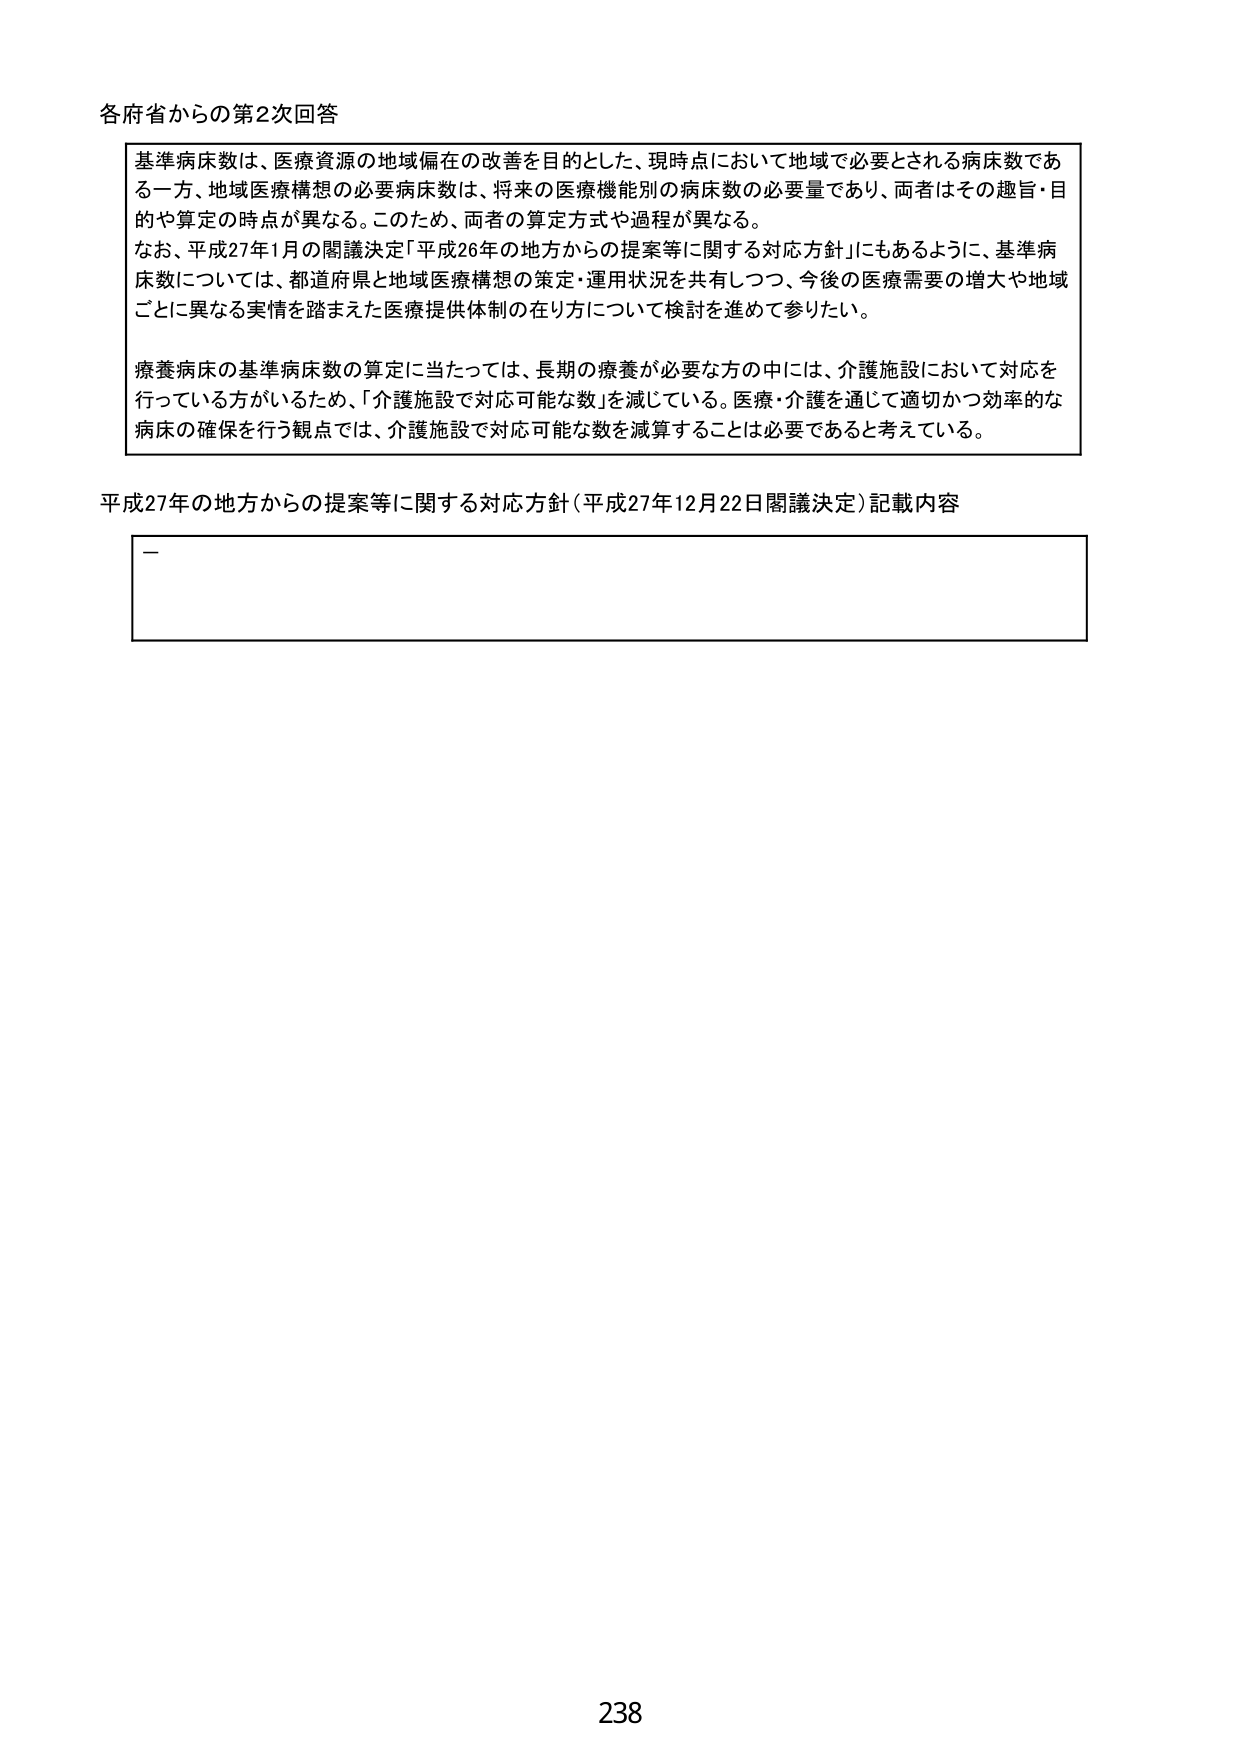
各府省からの第2次回答

基準病床数は、医療資源の地域偏在の改善を目的とした、現時点において地域で必要とされる病床数である一方、地域医療構想の必要病床数は、将来の医療機能別の病床数の必要量であり、両者はその趣旨・目的や算定の時点が異なる。このため、両者の算定方式や過程が異なる。
なお、平成27年1月の閣議決定「平成26年の地方からの提案等に関する対応方針」にもあるように、基準病床数については、都道府県と地域医療構想の策定・運用状況を共有しつつ、今後の医療需要の増大や地域ごとに異なる実情を踏まえた医療提供体制の在り方について検討を進めて参りたい。

療養病床の基準病床数の算定に当たっては、長期の療養が必要な方の中には、介護施設において対応を行っている方がいるため、「介護施設で対応可能な数」を減じている。医療・介護を通じて適切かつ効率的な病床の確保を行う観点では、介護施設で対応可能な数を減算することは必要であると考えている。

平成27年の地方からの提案等に関する対応方針（平成27年12月22日閣議決定）記載内容

－

238